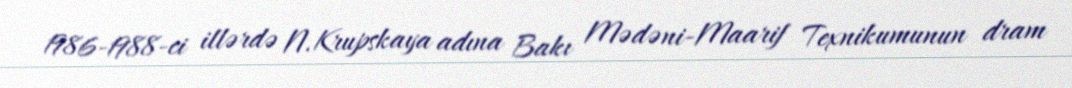
1986-1988-ci illərdə N.Krupskaya adına Bakı Mədəni-Maarif Texnikumunun dram